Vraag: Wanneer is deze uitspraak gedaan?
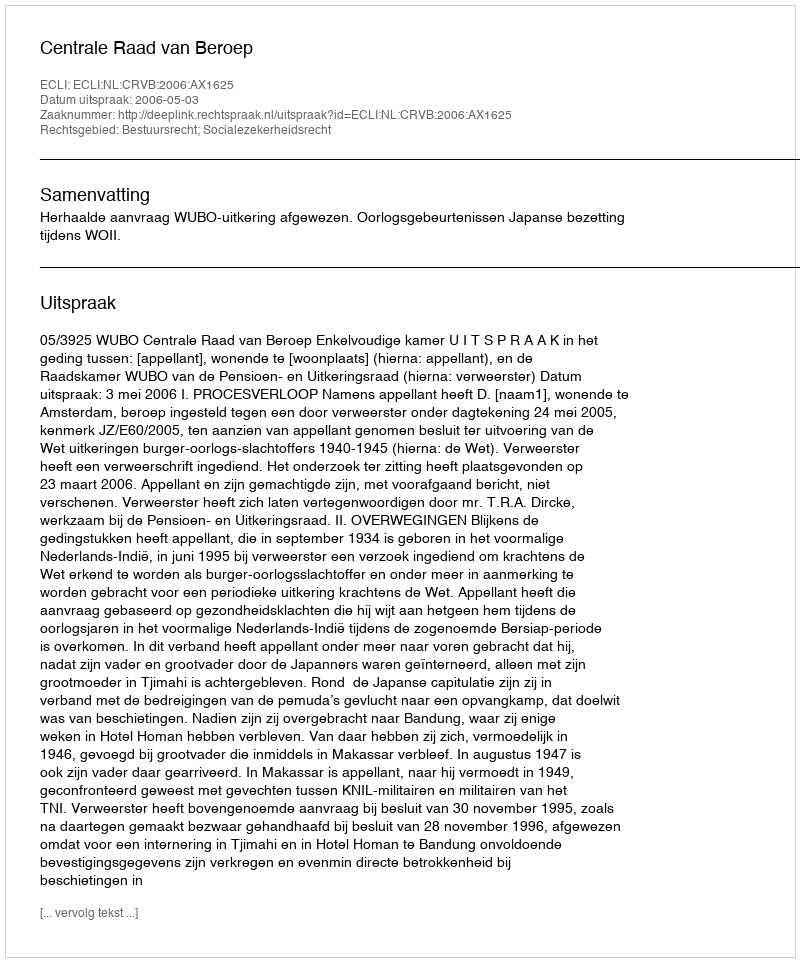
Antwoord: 2006-05-03